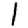
Digit: 1